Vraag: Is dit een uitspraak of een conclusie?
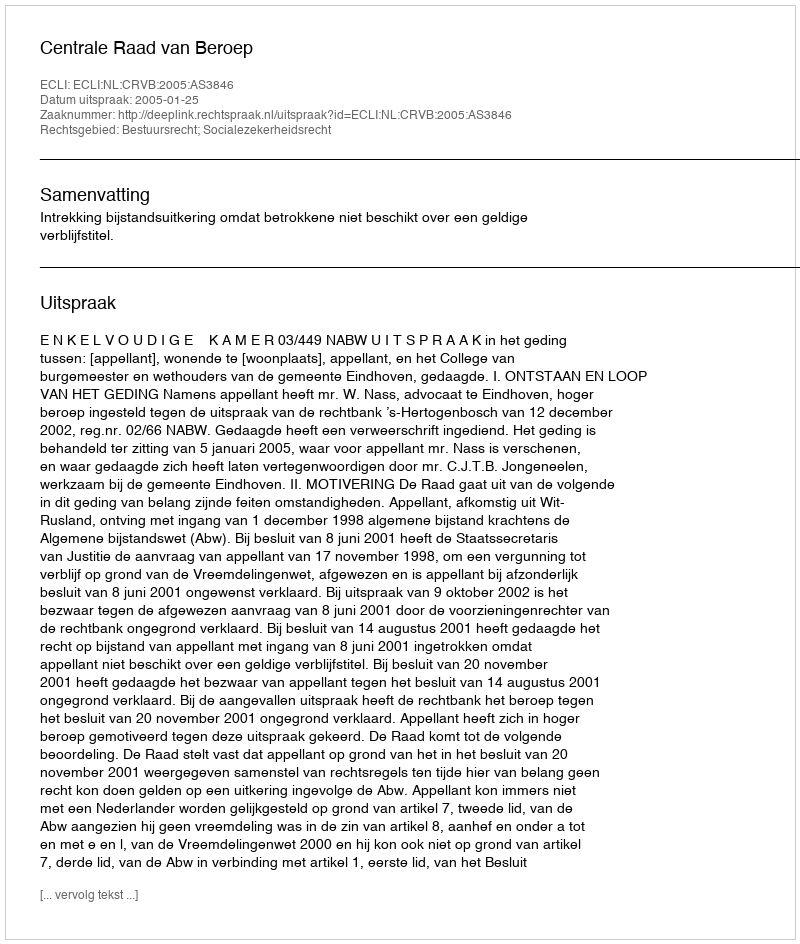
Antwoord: Uitspraak